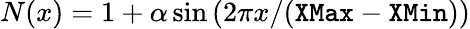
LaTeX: N(x)=1+\alpha\sin\left(2\pi x/(\texttt{XMax}-\texttt{XMin})\right)